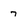
Character: 7